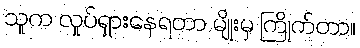
သူက လှုပ်ရှားနေရတာ မျိုးမှ ကြိုက်တာ။